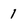
Character: 1